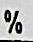
%